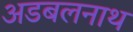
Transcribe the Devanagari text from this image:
अडबलनाथ